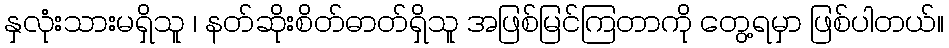
နှလုံးသားမရှိသူ ၊ နတ်ဆိုးစိတ်ဓာတ်ရှိသူ အဖြစ်မြင်ကြတာကို တွေ့ရမှာ ဖြစ်ပါတယ်။